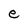
Character: e